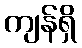
ကျန်ရှိ